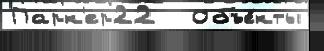
Парк'ер22   Объе́кты